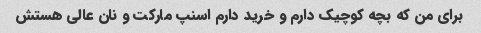
برای من که بچه کوچیک دارم و خرید دارم اسنپ مارکت و نان عالی هستش